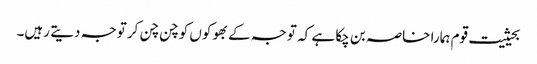
بحیثیت قوم ہمارا خاصہ بن چکا ہے کہ توجہ کے بھوکوں کو چن چن کر توجہ دیتے رہیں۔